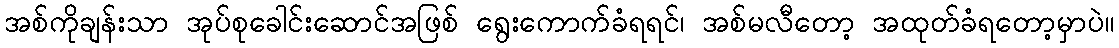
အစ်ကိုချန်းသာ အုပ်စုခေါင်းဆောင်အဖြစ် ရွေးကောက်ခံရရင်၊ အစ်မလီတော့ အထုတ်ခံရတော့မှာပဲ။